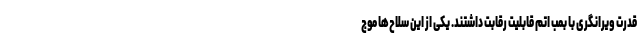
قدرت ویرانگری با بمب اتم قابلیت رقابت داشتند. یکی از این سلاح‌ها موج